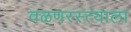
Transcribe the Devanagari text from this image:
वळणरस्त्याला